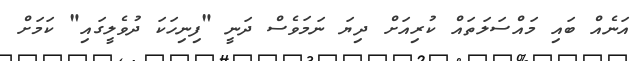
އަނެއް ބައި މައްސަލަތައް ކުރިއަށް ދިޔަ ނަމަވެސް ދަނީ "ފިނިހަކަ ދުވެލީގައި" ކަމަށް